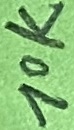
Text: 10K